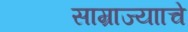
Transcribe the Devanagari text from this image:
साम्राज्यााचे